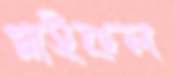
গ্লাইকল